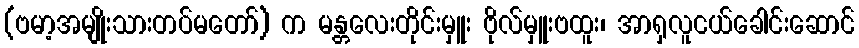
(ဗမာ့အမျိုးသားတပ်မတော်) က မန္တလေးတိုင်းမှူး ဗိုလ်မှူးဗထူး၊ အာရှလူငယ်ခေါင်းဆောင်